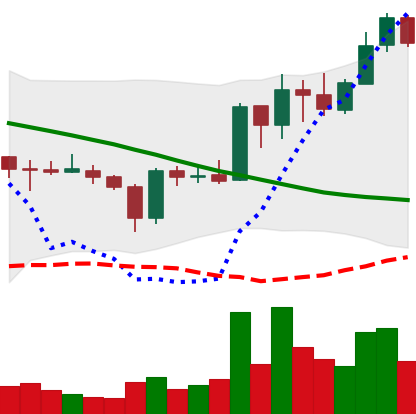
Ticker: ADA-USD
Chart end date: 2019-03-17
Forward return: 15.645%
Label: up_7plus